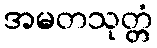
အမတသုတ္တံ